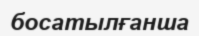
босатылғанша